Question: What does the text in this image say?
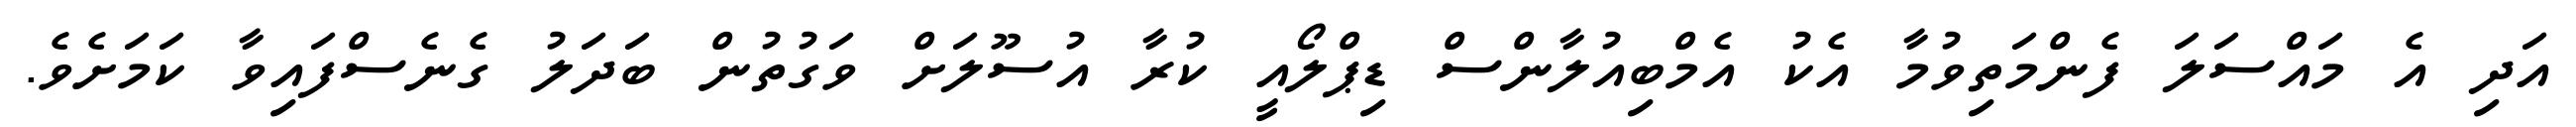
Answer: އަދި އެ މައްސަލަ ފެންމަތިވުމާ އެކު އެމްބިއުލާންސް ޑިޕްލޯއީ ކުރާ އުސޫލަށް ވަގުތުން ބަދަލު ގެނެސްފައިވާ ކަމަށެވެ.